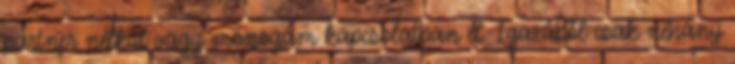
partner nélkül vagy monogám kapcsolatban él. Igazából csak néhány